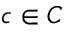
c \in C